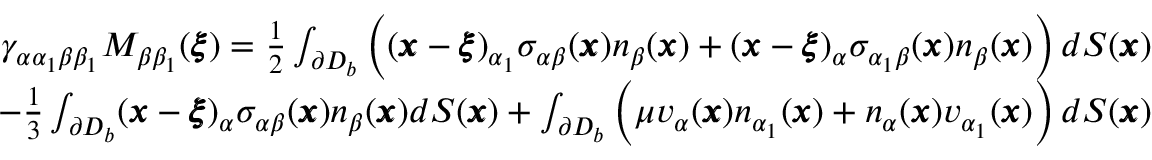
\begin{array} { r l r } & { } & { \gamma _ { \alpha \alpha _ { 1 } \beta \beta _ { 1 } } M _ { \beta \beta _ { 1 } } ( { \pmb \xi } ) = \frac { 1 } { 2 } \int _ { \partial D _ { b } } \left( ( { \pmb x } - { \pmb \xi } ) _ { \alpha _ { 1 } } \sigma _ { \alpha \beta } ( { \pmb x } ) n _ { \beta } ( { \pmb x } ) + ( { \pmb x } - { \pmb \xi } ) _ { \alpha } \sigma _ { \alpha _ { 1 } \beta } ( { \pmb x } ) n _ { \beta } ( { \pmb x } ) \right) d S ( { \pmb x } ) } \\ & { } & { - \frac { 1 } { 3 } \int _ { \partial D _ { b } } ( { \pmb x } - { \pmb \xi } ) _ { \alpha } \sigma _ { \alpha \beta } ( { \pmb x } ) n _ { \beta } ( { \pmb x } ) d S ( { \pmb x } ) + \int _ { \partial D _ { b } } \left( \mu v _ { \alpha } ( { \pmb x } ) n _ { \alpha _ { 1 } } ( { \pmb x } ) + n _ { \alpha } ( { \pmb x } ) v _ { \alpha _ { 1 } } ( { \pmb x } ) \right) d S ( { \pmb x } ) } \end{array}